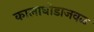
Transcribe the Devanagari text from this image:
कालाघोडाजवळ